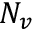
N _ { v }